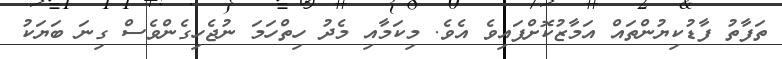
ތަފާތު ފާޑުކިޔުންތައް އަމާޒުކޮށްފައިވެ އެވެ. މިކަމާއި މެދު ހިތްހަމަ ނުޖެހިގެންވެސް ގިނަ ބަޔަކު